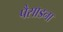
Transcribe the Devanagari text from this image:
पैसाडना